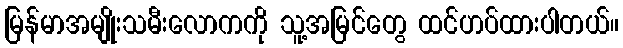
မြန်မာအမျိုးသမီးလောကကို သူ့အမြင်တွေ ထင်ဟပ်ထားပါတယ်။